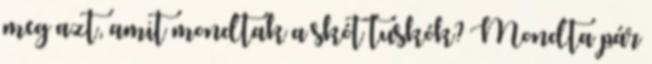
meg azt, amit mondtak a skót tuskók? Mondta pár